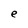
Character: e